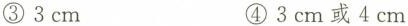
③ 3 cm ④ 3 cm或4 cm